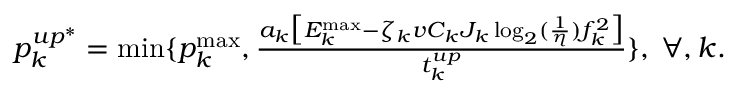
\begin{array} { r l } & { p _ { k } ^ { u p ^ { * } } = \operatorname* { m i n } \{ p _ { k } ^ { \operatorname* { m a x } } , \frac { a _ { k } \big [ { { E } } _ { k } ^ { \operatorname* { m a x } } - \zeta _ { k } v C _ { k } J _ { k } \log _ { 2 } ( \frac { 1 } { \eta } ) f _ { k } ^ { 2 } \big ] } { t _ { k } ^ { u p } } \} , \: \forall , k . } \end{array}